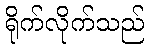
ရိုက်လိုက်သည်